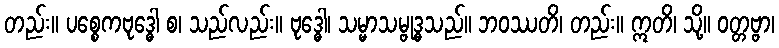
တည်း။ ပစ္စေကဗုဒ္ဓေါ စ၊ သည်လည်း။ ဗုဒ္ဓေါ၊ သမ္မာသမ္ဗုဒ္ဓသည်။ ဘဝဿတိ၊ တည်း။ ဣတိ၊ သို့။ ဝတ္တဗ္ဗာ၊